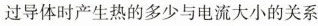
过导体时产生热的多少与电流大小的关系